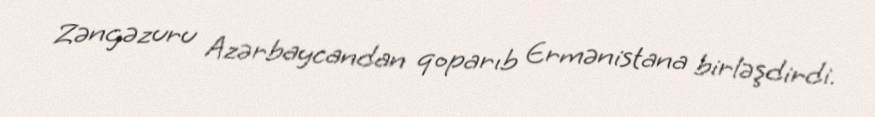
Zəngəzuru Azərbaycandan qoparıb Ermənistana birləşdirdi.